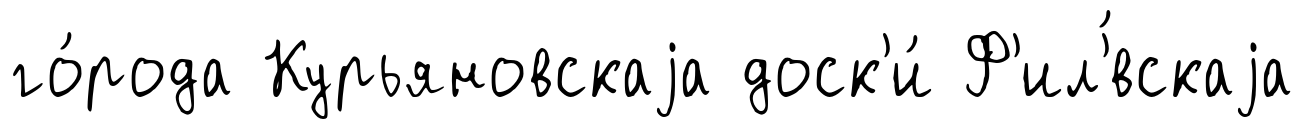
го́рода Курьяновскаjа доск'и́ Ф'ил'́вскаjа